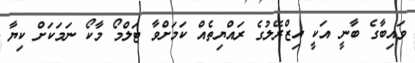
ވައިބާގެ ބާނީ އަކީ އިޒްރޭލުގެ ރައްޔިތެއް ކަމަށްވާ ޓަލްމޯ މާކޯ ނަމަކަށް ކިޔާ